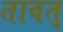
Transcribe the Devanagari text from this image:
तावत्